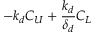
- k _ { d } C _ { U } + \frac { k _ { d } } { \delta _ { d } } C _ { L }